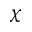
\chi